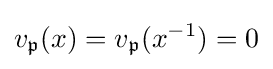
v_{\mathfrak {p}}(x)=v_{\mathfrak {p}}(x^{-1})=0